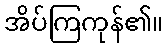
အိပ်ကြကုန်၏။